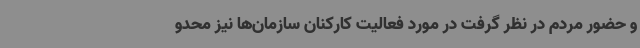
و حضور مردم در نظر گرفت در مورد فعالیت کارکنان سازمان‌ها نیز محدو